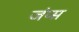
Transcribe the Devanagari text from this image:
जंप्स